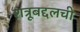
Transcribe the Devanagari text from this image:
शत्रूबद्दलची